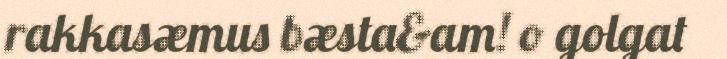
rakkasæmus bæsta&am! o golgat